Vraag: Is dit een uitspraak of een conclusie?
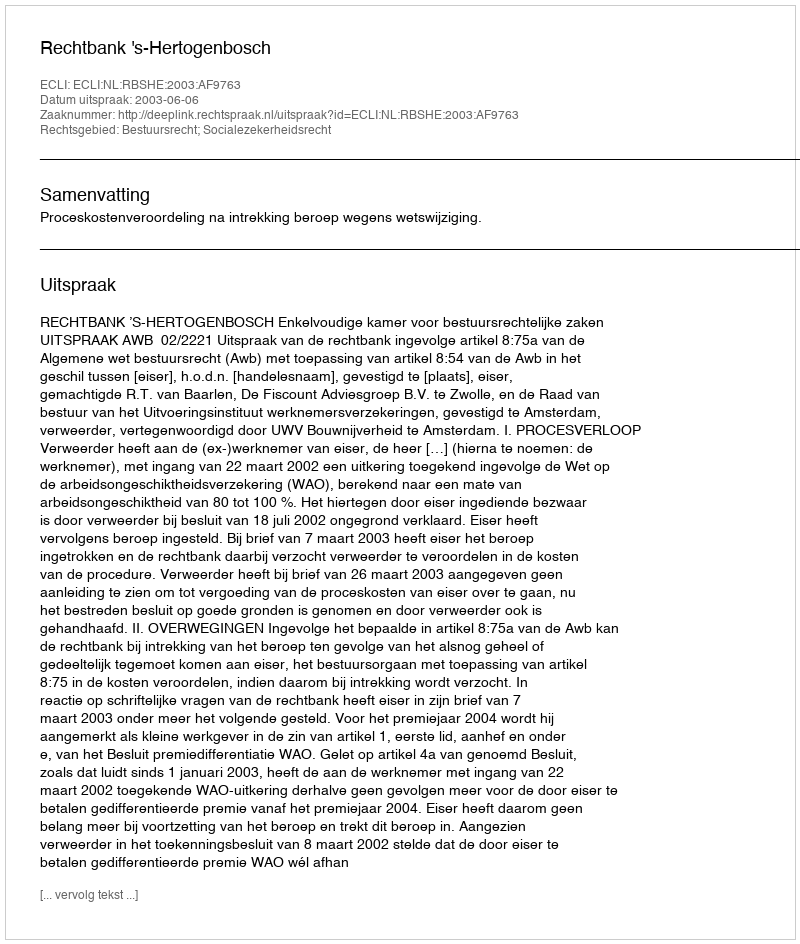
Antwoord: Uitspraak